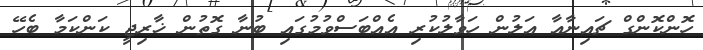
ހޮންކޮންގް ޗައިނާއާ އަލުން ހަވާލުކުރި އެއްބަސްވުމުގައި ބުނާ ގޮތުން ޚާރިޖީ ކަންކަމާ ބެހޭ